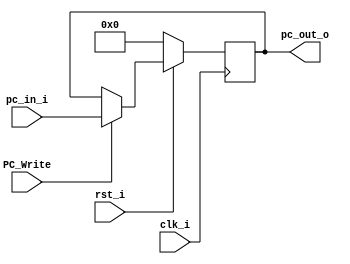
//Subject:     LAB4
//--------------------------------------------------------------------------------
//Version:     1
//--------------------------------------------------------------------------------
//Writer:      
//----------------------------------------------
//----------------------------------------------
//Description:
//--------------------------------------------------------------------------------

module ProgramCounter(
    clk_i,
    rst_i,
    pc_in_i,
    PC_Write,
    pc_out_o
  );

  //I/O ports
  input           clk_i;
  input	          rst_i;
  input           PC_Write;
  input  [32-1:0] pc_in_i;
  output [32-1:0] pc_out_o;

  //Internal Signals
  reg    [32-1:0] pc_out_o;

  //Parameter


  //Main function
  always @(posedge clk_i)
  begin
    if(~rst_i)
      pc_out_o <= 0;
    else if(PC_Write)
      pc_out_o <= pc_in_i;
  end

endmodule